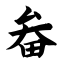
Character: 畚